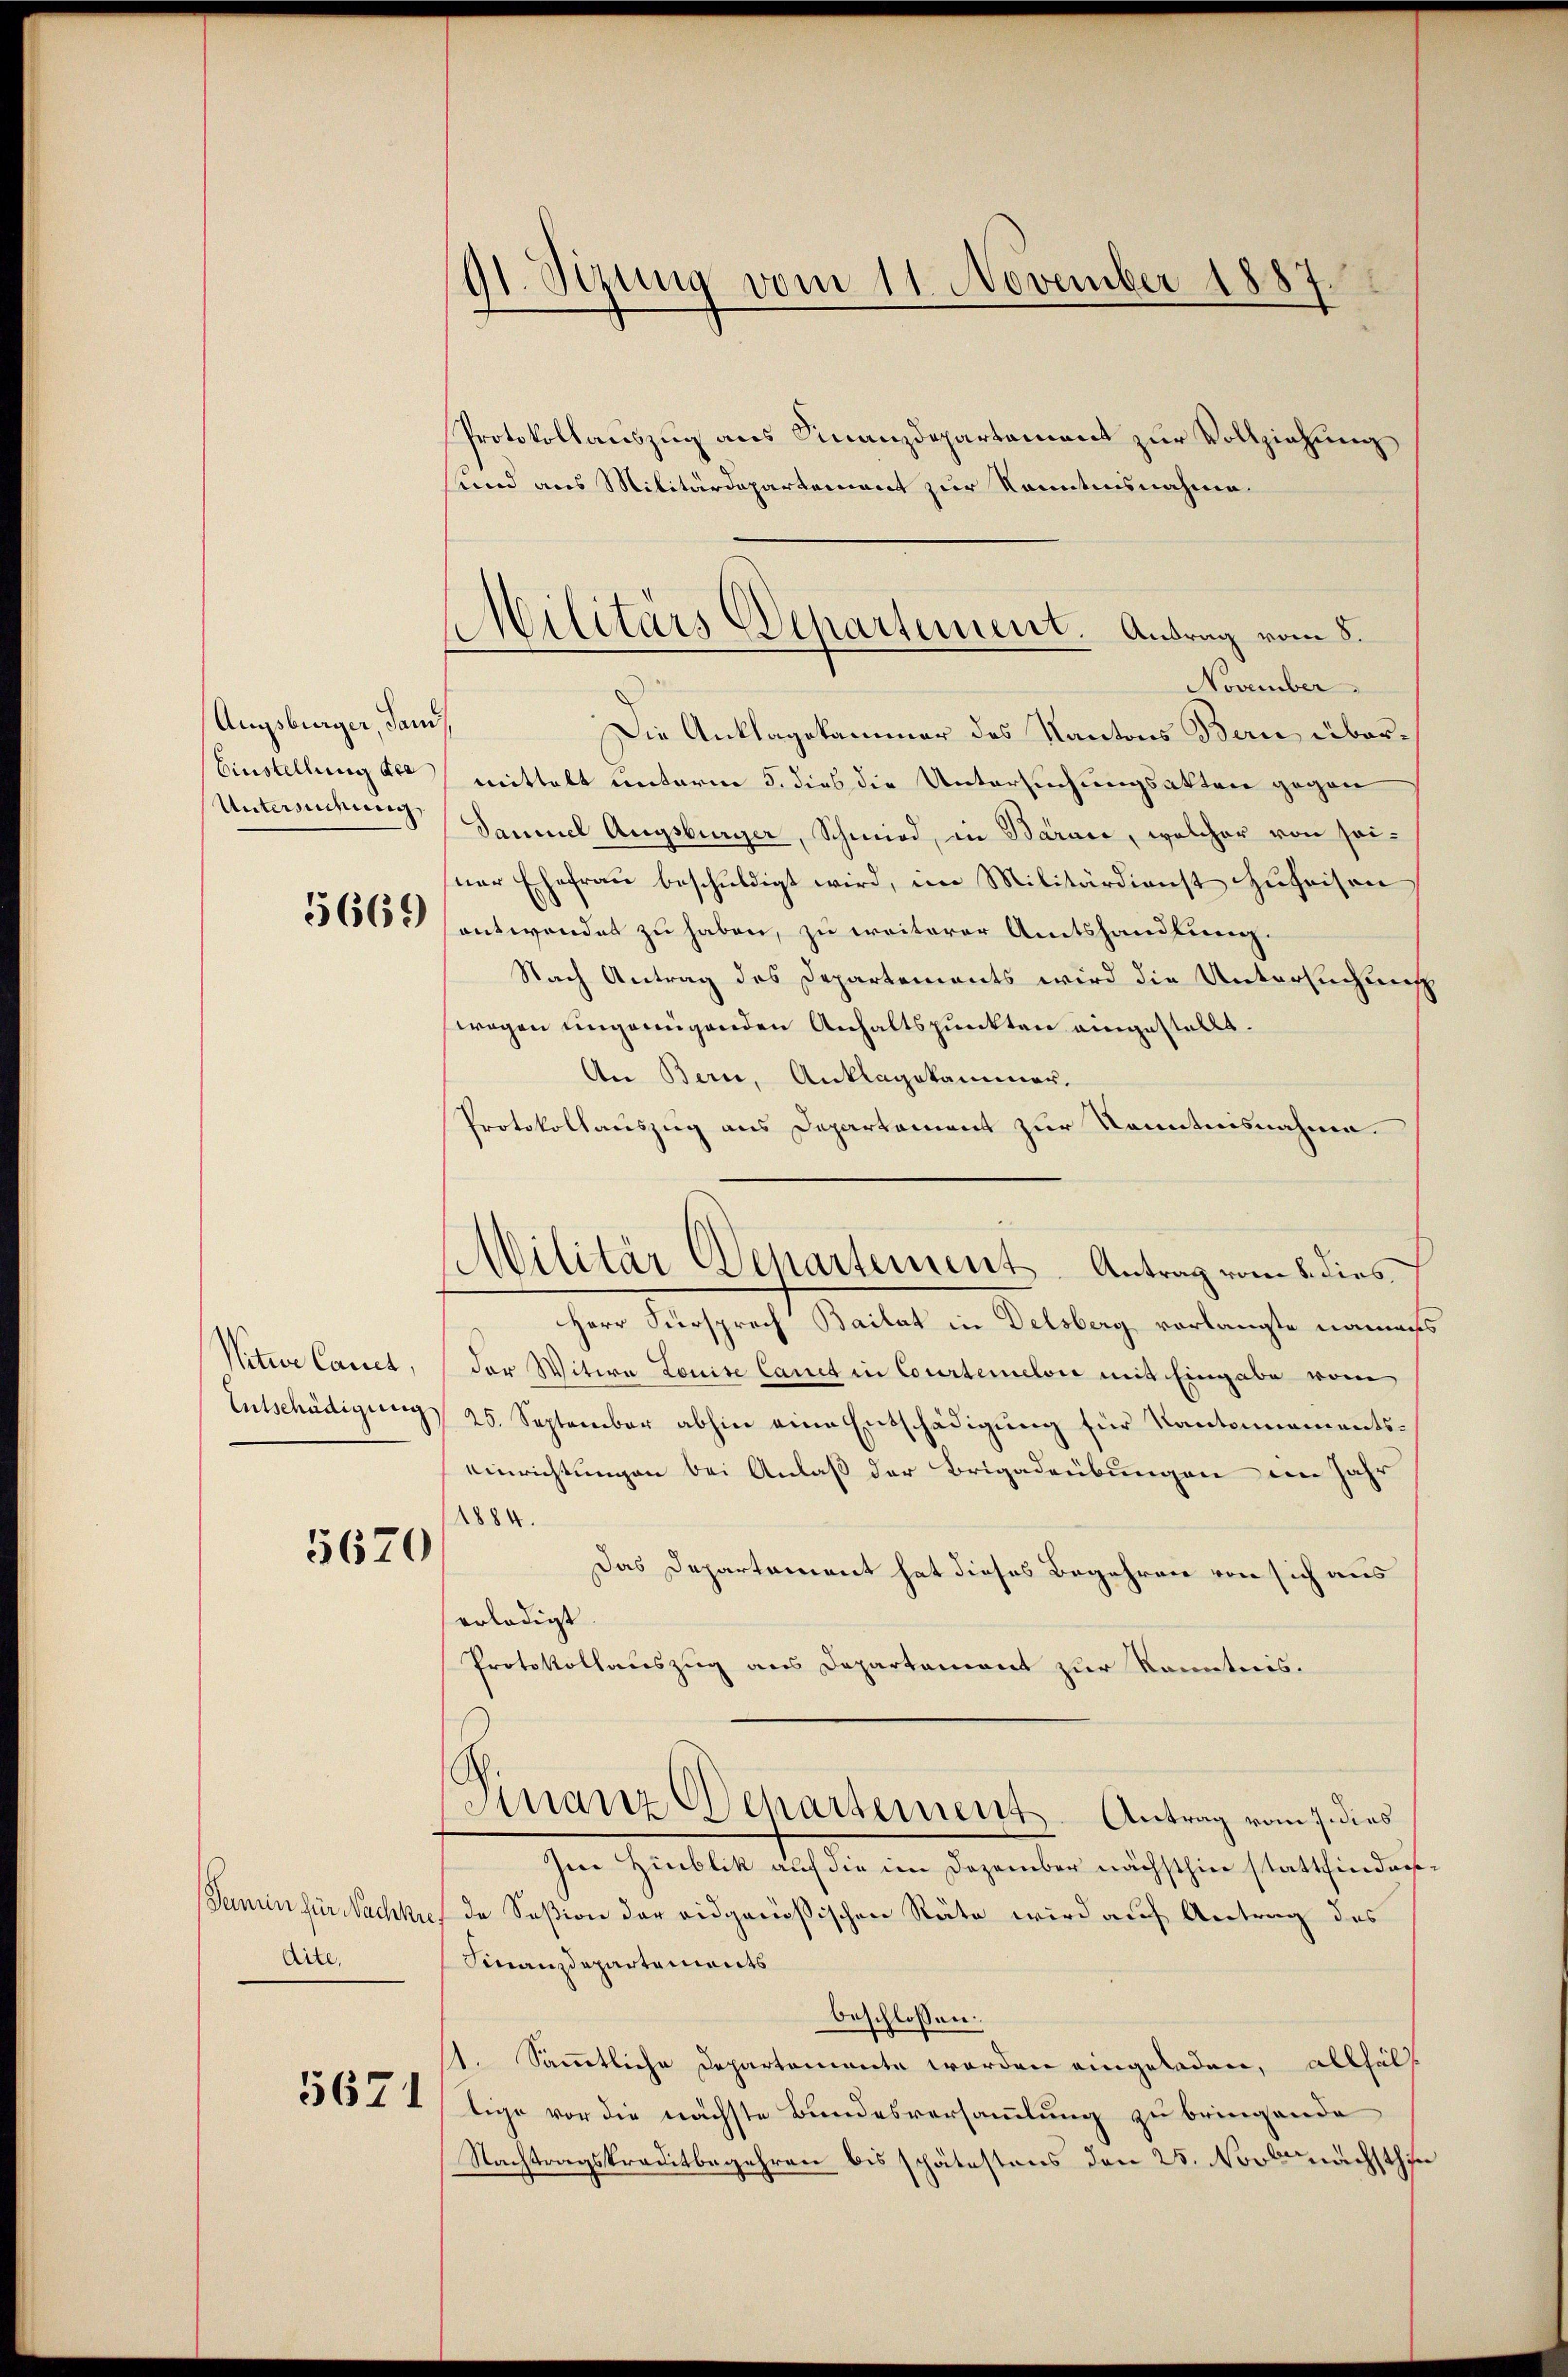
Augsburger, Sand
Einstellung der
Untersuchung

Nitwe Cance,
Entschädigung

5670

Tamin für Nachke
dite,

5671

91. Sizung vom 11. November 1887.

Protokollauszug aus Finanzdepartement zur Vollziehung
und aus Militärdepartement zur Kenntnisnahme.
November.
Die Anklagekammer des Kantons Bern übermittelt unterm 5. dies die Untersuchungsakten gegen
Saumel Augsburger, Schmied, in Barace, welcher von seiner Ehefraŭ beschŭldigt wird, im Militärdienst Zŭseisen
36560 sentwendet zu haben, zu weiterer Amtshandlung.
Nach Antrag des Departements wird die Untersuchung
wegen ungenügenden Anhaltspunkten eingestellt.
An Bern, Anklagekammer.
Protokollauszug aus Departement zur Kenntnisnahme.
Herr Fürsprach Bailat in Delsberg verlangte namens
der Witwe Louise Canct in Courtemelić mit Eingabe vom
25. September abhin eine Entschädigung für Kantonamentseinrichtungen bei Anlaß der Brigadeübungen im Jahr
1884.
Das Departement hat dieses Begehren von sich aus
erledigt.
Protokollauszug aus Departement zur Kenntnis.
(Finanz Departement-Antrag vom 7. dies
Im Hinblik auf die im Dezember nächsthier stattfindersde Seßion der eidgenößischen Räte wird auf Antrag des
Finanzdepartements
beschlossen:
1. Sämmtliche Departemente worden eingeladen, allfäls
tige vor die nächste Bundesversammlung zu bringende
Nachtragskreditbegehren bis schätestens den 25. Novber nächsthie

Militärs Departement. Antrag vom 8.

Militär Departement-Antrag vom 8. dies